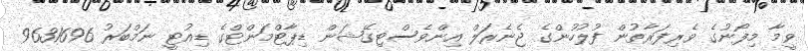
ވީމާ މިފޯނުގެ ވެރިފަރާތުން ފުލުހުންގެ ޖެނެރަލް އިންވެސްޓިގޭޝަން ޑިޕާޓްމަންޓްގެ ޑިއުޓީ ނަމްބަރު 9631696